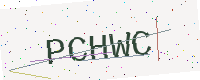
Text: PCHWC